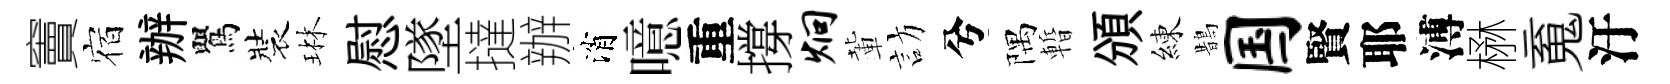
竇宿辦鸎裝琳慰墜撻辦消噫重撐炯輩訪兮隅暫頒練鵲国賢耶溥楙䰟汙